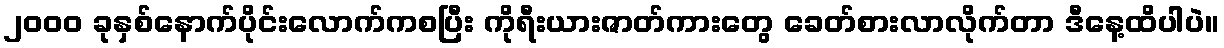
၂၀၀၀ ခုနှစ်နောက်ပိုင်းလောက်ကစပြီး ကိုရီးယားဇာတ်ကားတွေ ခေတ်စားလာလိုက်တာ ဒီနေ့ထိပါပဲ။